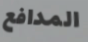
المدافع